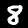
Label: 8